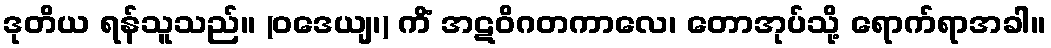
ဒုတိယ ရန်သူသည်။ (ဝဒေယျ၊) ကိံ အဋဝိဂတကာလေ၊ တောအုပ်သို့ ရောက်ရာအခါ။